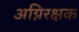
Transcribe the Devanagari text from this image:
अग्निरक्षक